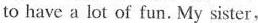
to have a lot of fun. My sister,